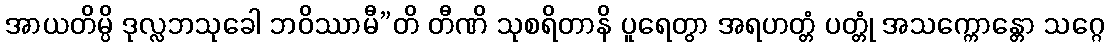
အာယတိမ္ပိ ဒုလ္လဘသုခေါ ဘဝိဿာမီ”တိ တီဏိ သုစရိတာနိ ပူရေတွာ အရဟတ္တံ ပတ္တုံ အသက္ကောန္တော သဂ္ဂေ